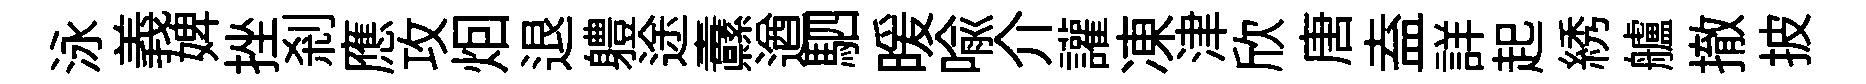
泳義婢挫刹應攻𤇆退軆途纛遒駟暖喩介讙凍津欣唐盍詳起綉艫撤披